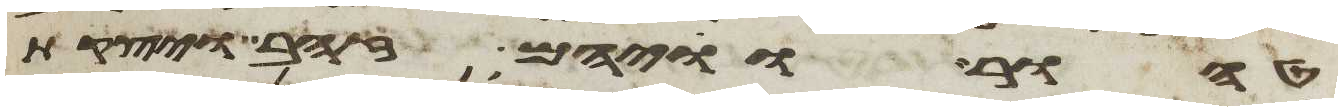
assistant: טהור וויהם זהב ויצקת